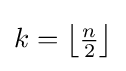
{\textstyle k=\left\lfloor {\frac {n}{2}}\right\rfloor }